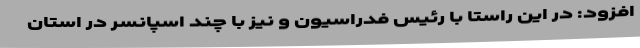
افزود: در این راستا با رئیس فدراسیون و نیز با چند اسپانسر در استان